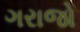
ગરાજો